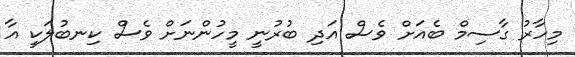
މިހާރު ގާސިމް ބެއަށް ވެސް އަދި ބުރުނީ މީހުންނަށް ވެސް ކިނބުލަކީ އާ